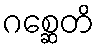
ဂစ္ဆေတိ